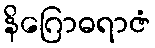
နိဂြောဓရာဇံ